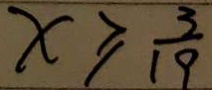
x \geq \frac { 3 } { 1 9 }